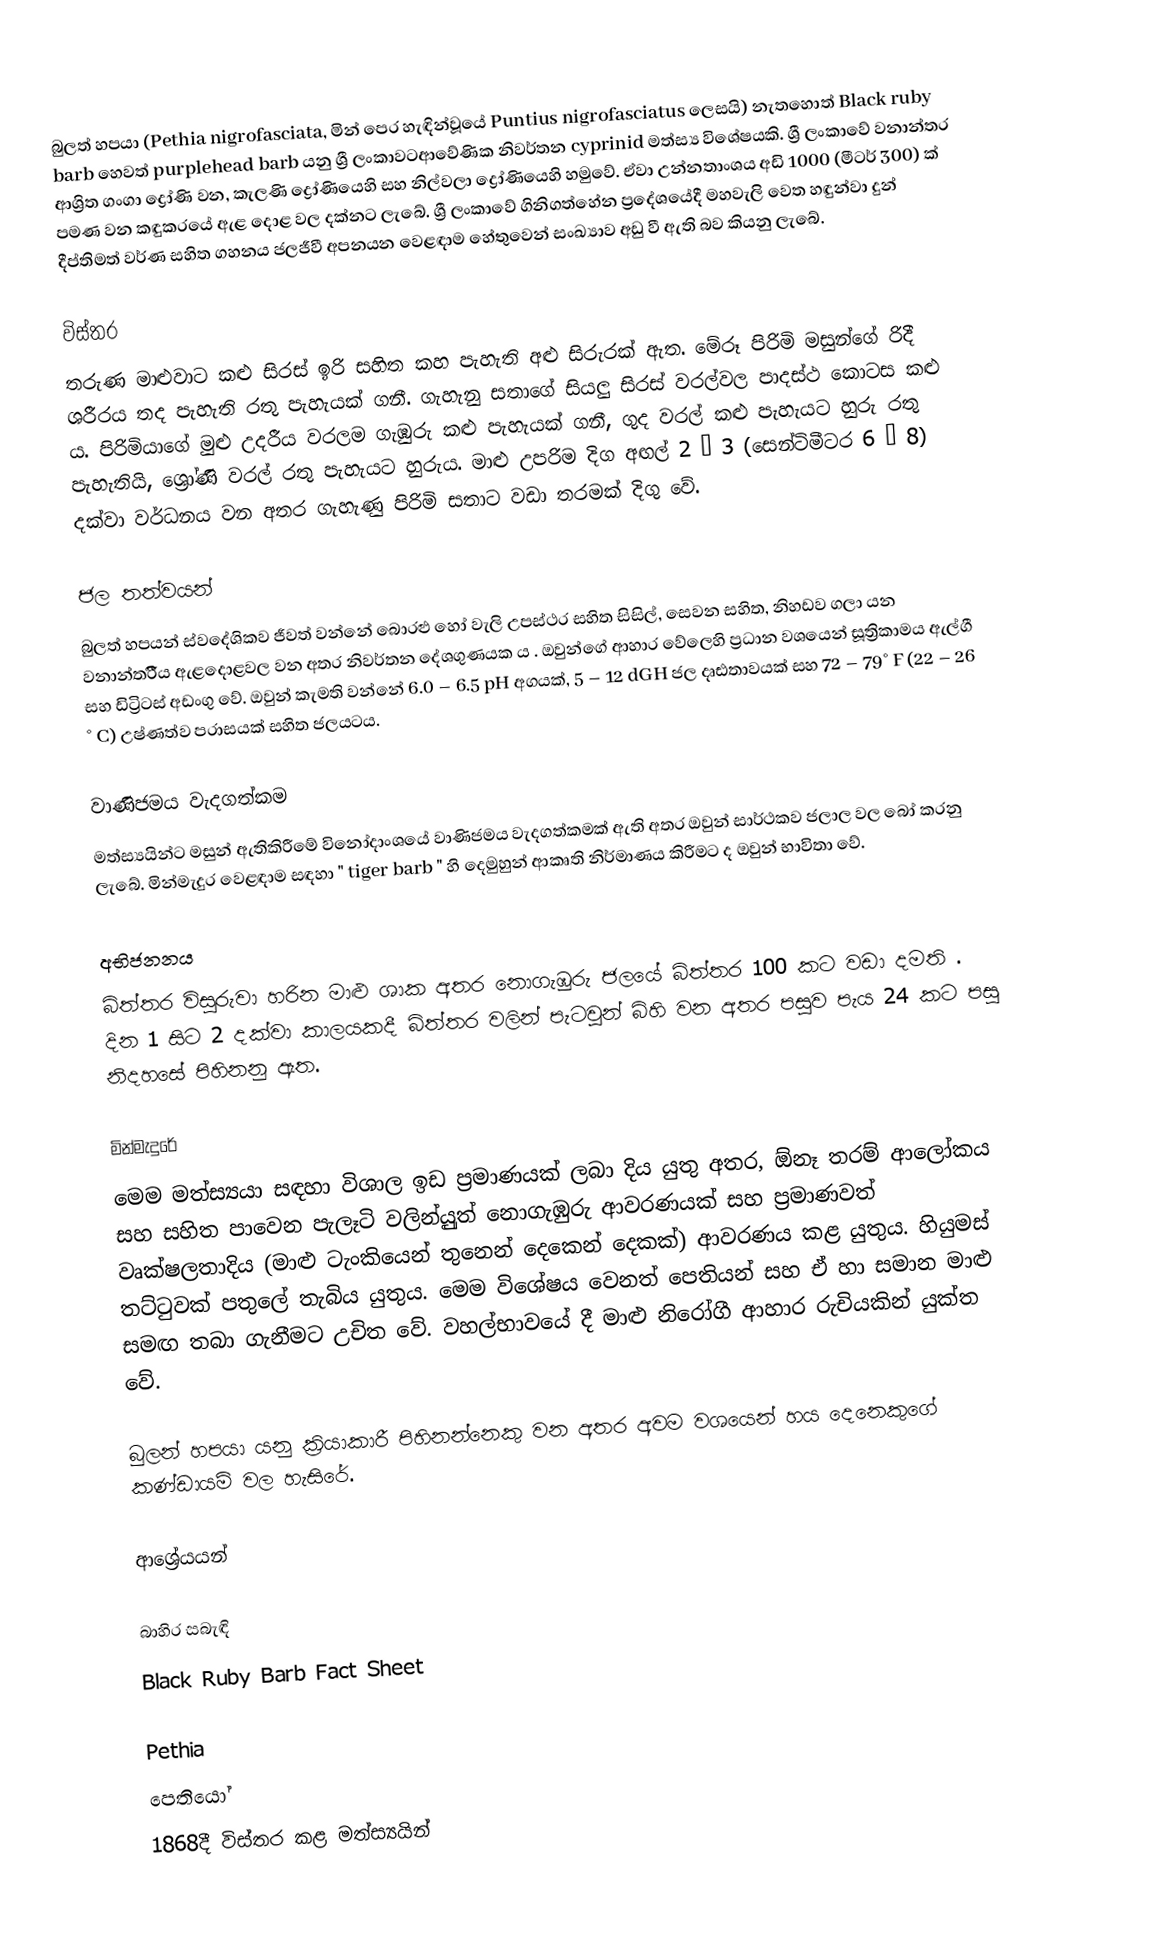
බුලත් හපයා (Pethia nigrofasciata, මින් පෙර හැඳින්වූයේ Puntius nigrofasciatus ලෙසයි) නැතහොත් Black ruby barb හෙවත් purplehead barb යනු ශ්‍රී ලංකාවටආවේණික නිවර්තන cyprinid මත්ස්‍ය විශේෂයකි. ශ්‍රී ලංකාවේ වනාන්තර ආශ්‍රිත ගංගා ද්‍රෝණි වන, කැලණි ද්‍රෝණියෙහි සහ නිල්වලා ද්‍රෝණියෙහි හමුවේ. ඒවා උන්නතාංශය අඩි 1000 (මීටර් 300) ක් පමණ වන කඳුකරයේ ඇළ දොළ වල දක්නට ලැබේ. ශ්‍රී ලංකාවේ ගිනිගත්හේන ප්‍රදේශයේදී මහවැලි වෙත හඳුන්වා දුන් දීප්තිමත් වර්ණ සහිත ගහනය ජලජීවී අපනයන වෙළඳාම හේතුවෙන් සංඛ්‍යාව අඩු වී ඇති බව කියනු ලැබේ.

විස්තර
තරුණ මාළුවාට කළු සිරස් ඉරි සහිත කහ පැහැති අළු සිරුරක් ඇත. මේරූ පිරිමි මසුන්‌ගේ රිදී ශරීරය තද පැහැති රතු පැහැයක් ගනී. ගැහැනු සතාගේ සියලු සිරස් වරල්වල පාදස්ථ කොටස කළු ය. පිරිමියාගේ මුළු උදරීය  වරලම ගැඹුරු කළු පැහැයක් ගනී, ගුද වරල් කළු පැහැයට හුරු රතු පැහැතියි, ශ්‍රෝණි වරල් රතු පැහැයට හුරුය. මාළු උපරිම දිග අඟල් 2 – 3 (සෙන්ටිමීටර 6 – 8) දක්වා වර්ධනය වන අතර ගැහැණු පිරිමි සතාට වඩා තරමක් දිගු වේ.

ජල තත්වයන්
බුලත් හපයන් ස්වදේශිකව ජීවත් වන්නේ බොරළු හෝ වැලි උපස්ථර සහිත සිසිල්, සෙවන සහිත, නිහඩව ගලා යන වනාන්තරීීය ඇළදොළවල වන අතර නිවර්තන දේශගුණයක ය . ඔවුන්ගේ ආහාර වේලෙහි ප්‍රධාන වශයෙන් සූත්‍රිකාමය ඇල්ගී සහ ඩිට්‍රිටස් අඩංගු වේ. ඔවුන් කැමති වන්නේ 6.0 – 6.5 pH අගයක්, 5 – 12 dGH ජල දෘඪතාවයක් සහ 72 – 79° F (22 – 26   ° C) උෂ්ණත්ව පරාසයක් සහිත ජලයටය.

වාණිජමය වැදගත්කම
මත්ස්‍යයින්ට මසුන් ඇතිකිරීමේ විනෝදාංශයේ වාණිජමය වැදගත්කමක් ඇති අතර ඔවුන් සාර්ථකව ජලාල වල බෝ කරනු ලැබේ. මින්මැදුර වෙළඳාම සඳහා " tiger barb " හි දෙමුහුන් ආකෘති නිර්මාණය කිරීමට ද ඔවුන් භාවිතා වේ.

අභිජනනය
බිත්තර විසුරුවා හරින මාළු ශාක අතර නොගැඹුරු ජලයේ බිත්තර 100 කට වඩා දමති . දින 1 සිට 2 දක්වා කාලයකදී බිත්තර වලින් පැටවුන් බිහි වන අතර පසුව පැය 24 කට පසු නිදහසේ පිහිනනු ඇත.

මින්මැදුරේ
මෙම මත්ස්‍යයා සඳහා විශාල ඉඩ ප්‍රමාණයක් ලබා දිය යුතු අතර, ඕනෑ තරම් ආලෝකය සහ  සහිත පාවෙන පැලෑටි වලින්යුුත් නොගැඹුරු ආවරණයක් සහ ප්‍රමාණවත් වෘක්ෂලතාදිය (මාළු ටැංකියෙන් තුනෙන් දෙකෙන් දෙකක්) ආවරණය කළ යුතුය. හියුමස් තට්ටුවක් පතුලේ තැබිය යුතුය. මෙම විශේෂය වෙනත් පෙතියන් සහ ඒ හා සමාන මාළු සමඟ තබා ගැනීමට උචිත වේ. වහල්භාවයේ දී මාළු නිරෝගී ආහාර රුචියකින් යුක්ත වේ.

බුලන් හපයා යනු ක්‍රියාකාරී පිහිනන්නෙකු වන අතර අවම වශයෙන් හය දෙනෙකුගේ කණ්ඩායම් වල හැසිරේ.

ආශ්‍රේයයන්

බාහිර සබැඳි
Black Ruby Barb Fact Sheet

Pethia
පෙතියෝ
1868දී විස්තර කළ මත්ස්‍යයින්